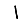
Digit: 1